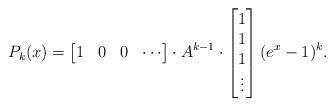
LaTeX: \begin{align*}P_{k}(x) & = \begin{bmatrix}1 & 0 & 0 & \cdots \end{bmatrix} \cdot A^{k-1} \cdot \begin{bmatrix}1 \\ 1 \\ 1 \\ \vdots \end{bmatrix} (e^x - 1)^{k}.\end{align*}